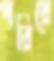
পরিয়ে